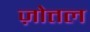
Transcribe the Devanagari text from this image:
ज़ोत्तल